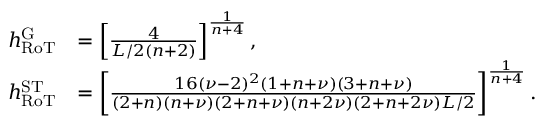
\begin{array} { r l } { h _ { \mathrm { R o T } } ^ { \mathrm { G } } } & { = \left[ \frac { 4 } { L / 2 ( n + 2 ) } \right] ^ { \frac { 1 } { n + 4 } } , } \\ { h _ { \mathrm { R o T } } ^ { \mathrm { S T } } } & { = \left[ \frac { 1 6 ( \nu - 2 ) ^ { 2 } ( 1 + n + \nu ) ( 3 + n + \nu ) } { ( 2 + n ) ( n + \nu ) ( 2 + n + \nu ) ( n + 2 \nu ) ( 2 + n + 2 \nu ) L / 2 } \right] ^ { \frac { 1 } { n + 4 } } . } \end{array}